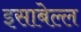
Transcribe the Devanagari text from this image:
इसाबेल्ल